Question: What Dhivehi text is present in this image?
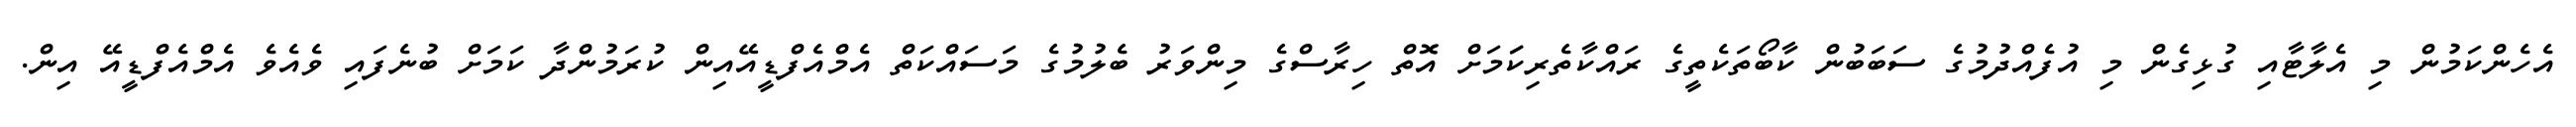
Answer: އެހެންކަމުން މި އެލާޓާއި ގުޅިގެން މި އުފެއްދުމުގެ ސަބަބުން ކާބޯތަކެތީގެ ރައްކާތެރިކަަމަށް އޮތް ހިރާސްގެ މިންވަރު ބެލުމުގެ މަސައްކަތް އެމްއެފްޑީއޭއިން ކުރަމުންދާ ކަމަށް ބުނެފައި ވެއެވެ އެމްއެފްޑީއޭ އިން.